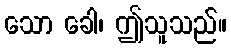
သော ခေါ၊ ဤသူသည်။